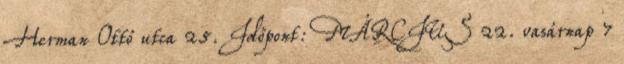
Herman Ottó utca 25. Időpont: MÁRCIUS 22. vasárnap 7